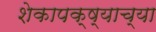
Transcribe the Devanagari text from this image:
शेकापक्ष्याच्या